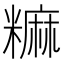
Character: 𫃎